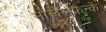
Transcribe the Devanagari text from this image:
मोज़ेलफ्रैन्कें